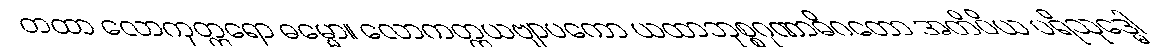
တထာ လောကုတ္တရော ဓမ္မော။ လောကတ္တယဗျာပကော ယထာဘုစ္စဂုဏာဓိဂတော အတိဝိယ ပရိသုဒ္ဓေါ